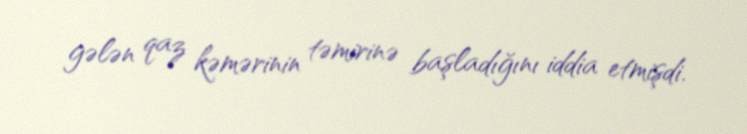
gələn qaz kəmərinin təmirinə başladığını iddia etmişdi.